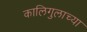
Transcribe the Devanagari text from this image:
कालिगुलाच्या